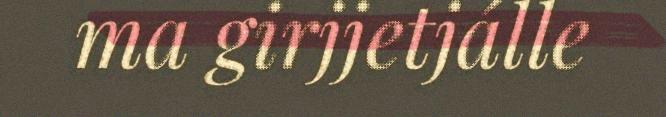
ma girjjetjálle